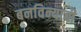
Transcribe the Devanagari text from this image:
बनविन्याची